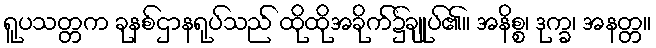
ရူပသတ္တက ခုနစ်ဌာနရုပ်သည် ထိုထိုအခိုက်၌ချုပ်၏။ အနိစ္စ၊ ဒုက္ခ၊ အနတ္တ။